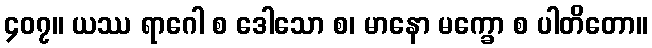
၄၀၇။ ယဿ ရာဂေါ စ ဒေါသော စ၊ မာနော မက္ခော စ ပါတိတော။